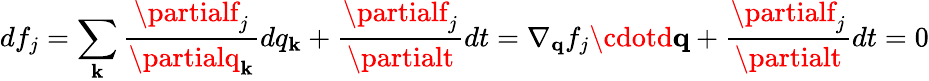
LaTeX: df_{j}=\sum_{\mathbf{k}}\frac{{\partialf_{j}}}{{\partialq_{\mathbf{k}}}}dq_{\mathbf{k}}+\frac{{\partialf_{j}}}{{\partialt}}dt=\nabla_{\mathbf{{q}}}f_{j}\cdotd\mathbf{{q}}+\frac{{\partialf_{j}}}{{\partialt}}dt=0